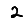
Digit: 2